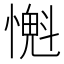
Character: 𢡨